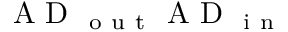
\mathrm { ~ A ~ D ~ } _ { \mathrm { ~ o ~ u ~ t ~ } } \mathrm { ~ A ~ D ~ } _ { \mathrm { ~ i ~ n ~ } }